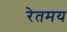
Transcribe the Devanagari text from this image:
रेतमय